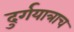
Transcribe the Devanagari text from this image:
दुर्गयात्राच